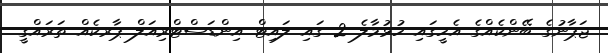
ޖަޕާނުގެ ބޭންކެއްގެ އެހީގައި ހުޅުމާލެ 2 ގައި ލައިޓް އިންޑަސްޓްރިއަލް ޕާރކެއް ތަރައްގީ